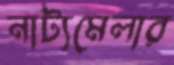
নাট্যমেলার